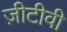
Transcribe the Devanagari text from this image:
ज़ीटीवी